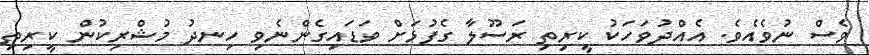
ވެސް ނުވެއެވެ. އެއްދުވަހަކު ކީރިތި ރަސޫލާ ގެފުޅަށް ވަޑައިގެންނެވި ހިނދު މުޝްރިކުން ކީރިތި